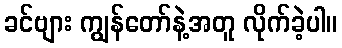
ခင်ဗျား ကျွန်တော်နဲ့အတူ လိုက်ခဲ့ပါ။